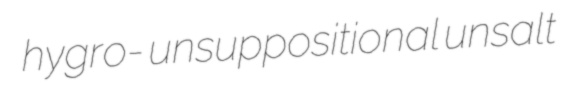
hygro- unsuppositional unsalt